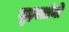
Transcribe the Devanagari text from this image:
गृहस्तांनी